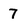
Character: 7